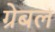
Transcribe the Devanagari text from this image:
ग्रेबल